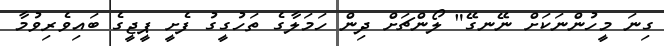
ގިނަ މީހުންނަކަށް ނޭނގޭ" ލޯންޗަށް ދިން ހަމަލާގެ ތަހުގީގު ފެށީ ޕީޖީގެ ބައިވެރިވުމާ